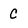
Character: C